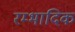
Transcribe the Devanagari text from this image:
रम्‍भादिक